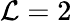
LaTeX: \mathcal{L}=2